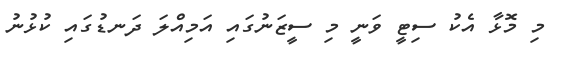
މި މޮޅާ އެކު ސިޓީ ވަނީ މި ސީޒަނުގައި އަމިއްލަ ދަނޑުގައި ކުޅުނު